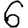
Digit: 6